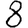
Digit: 8